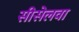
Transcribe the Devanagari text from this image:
सीसेलवा